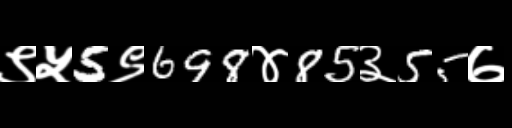
Text: ९५5९698४85३55७